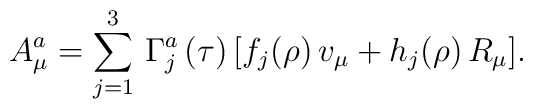
A_\mu^a =\sum_{j=1}^3\,\Gamma^a_j\,(\tau)\,[f_j(\rho)\,v_\mu+h_j(\rho)\,R_\mu].